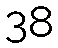
38